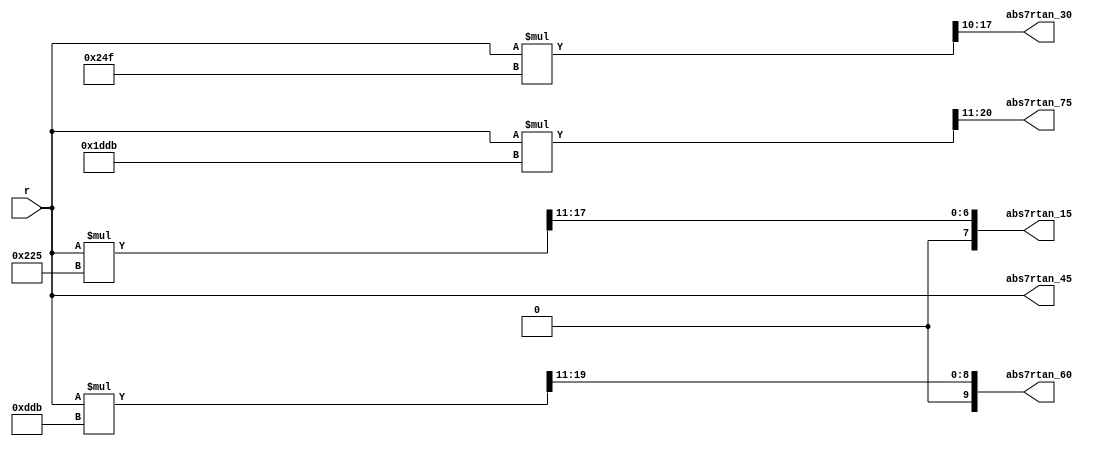
`timescale 1ns / 1ps
//////////////////////////////////////////////////////////////////////////////////
// Company:        MIT 6.111 Final Project
// 
// Module Name:    Calculate Abs Value of RTan 00 to 75 with 15 Degree Steps in 8 bits
// Project Name:   FPGA Phone Home
//
// Note 1: this relies on only using angles values of 0 deg + 15 n up to 90
//         if you want to use more or different angles you need to update the code
//
// Note 2: this blindly casts to 8 bits and gets absolute value use with caution
//
//////////////////////////////////////////////////////////////////////////////////

module calc_abs7rtan_00_75_15
    (input [7:0] r,
     output wire [7:0] abs7rtan_15,
     output wire [7:0] abs7rtan_30,
     output wire [7:0] abs7rtan_45,
     output wire [9:0] abs7rtan_60,
     output wire [9:0] abs7rtan_75);
     
		// tan 15 is about 549/2048 which is 16'hs0225 >>> 11
		// tan 30 is about 591/1024 which is 16'hs024f >>> 10
		// tan 45 = 1
		// tan 60 is about 3547/2048 which is 16'hs0DDB >>> 11
		// tan 75 is about 7643/2048 which is 16'hs1DDB >>> 11
		wire signed [31:0] rtan_15deg; // large bit size to multiply and shift 
		wire signed [31:0] rtan_30deg; // large bit size to multiply and shift 
		wire signed [31:0] rtan_60deg; // large bit size to multiply and shift 
		wire signed [31:0] rtan_75deg; // large bit size to multiply and shift 
		assign rtan_15deg = (r*16'sh0225) >>> 11;
		assign rtan_30deg = (r*16'sh024f) >>> 10;
		assign rtan_60deg = (r*16'sh0DDB) >>> 11;
		assign rtan_75deg = (r*16'sh1DDB) >>> 11;
     
		// tan 15, 30, 45 <= 1 so will retain size
		// tan 60, 75 are < 4 but > 1 so need 2 extra bits 
		assign abs7rtan_15 = rtan_15deg[7:0];
		assign abs7rtan_30 = rtan_30deg[7:0];
		assign abs7rtan_45 = r;
		assign abs7rtan_60 = rtan_60deg[9:0];
		assign abs7rtan_75 = rtan_75deg[9:0];
    
endmodule